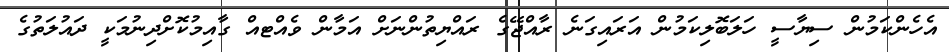
އެހެންކަމުން ސިޔާސީ ހަލަބޮލިކަމުން އަރައިގަނެ ރާއްޖޭގެ ރައްޔިތުންނަށް އަމާން ވެއްޓއް ގާއިމުކޮށްދިނުމަކީ ދައުލަތުގެ